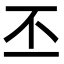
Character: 丕